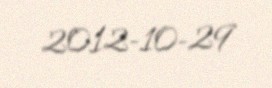
2012-10-29